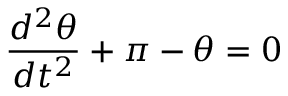
{ \frac { d ^ { 2 } \theta } { d t ^ { 2 } } } + \pi - \theta = 0